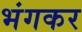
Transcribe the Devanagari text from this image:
भंगकर